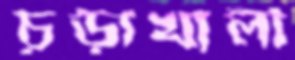
চূড়াখালী